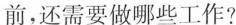
前，还需要做哪些工作?